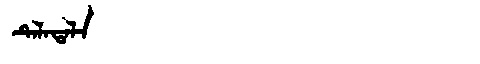
Manchu: ᡨᡝᠯᠠᡨᠠᠯᠠ
Romanization: TELATALA